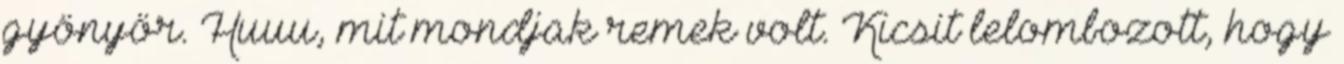
gyönyör. Huuu, mit mondjak remek volt. Kicsit lelombozott, hogy